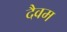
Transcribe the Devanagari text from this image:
दैवम